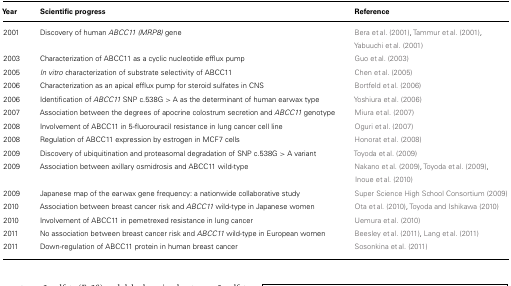
<table><thead><tr><td><b>Year</b></td><td><b>Scientific progress</b></td><td><b>Reference</b></td></tr></thead><tbody><tr><td>2001</td><td>Discovery of human <i>ABCC11 (MRP8)</i> gene</td><td>Bera et al. (2001), Tammur et al. (2001),Yabuuchi et al. (2001)</td></tr><tr><td>2003</td><td>Characterization of ABCC11 as a cyclic nucleotide efflux pump</td><td>Guo et al. (2003)</td></tr><tr><td>2005</td><td><i>In vitro</i> characterization of substrate selectivity of ABCC11</td><td>Chen et al. (2005)</td></tr><tr><td>2006</td><td>Characterization as an apical efflux pump for steroid sulfates in CNS</td><td>Bortfeld et al. (2006)</td></tr><tr><td>2006</td><td>Identification of <i>ABCC11 </i>SNP c.538G &gt; A as the determinant of human earwax type</td><td>Yoshiura et al. (2006)</td></tr><tr><td>2007</td><td>Association between the degrees of apocrine colostrum secretion and <i>ABCC11 </i>genotype</td><td>Miura et al. (2007)</td></tr><tr><td>2008</td><td>Involvement of ABCC11 in 5-fluorouracil resistance in lung cancer cell line</td><td>Oguri et al. (2007)</td></tr><tr><td>2008</td><td>Regulation of ABCC11 expression by estrogen in MCF7 cells</td><td>Honorat et al. (2008)</td></tr><tr><td>2009</td><td>Discovery of ubiquitination and proteasomal degradation of SNP c.538G &gt; A variant</td><td>Toyoda et al. (2009)</td></tr><tr><td>2009</td><td>Association between axillary osmidrosis and ABCC11 wild-type</td><td>Nakano et al. (2009), Toyoda et al. (2009),Inoue et al. (2010)</td></tr><tr><td>2009</td><td>Japanese map of the earwax gene frequency: a nationwide collaborative study</td><td>Super Science High School Consortium (2009)</td></tr><tr><td>2010</td><td>Association between breast cancer risk and <i>ABCC11 </i>wild-type in Japanese women</td><td>Ota et al. (2010), Toyoda and Ishikawa (2010)</td></tr><tr><td>2010</td><td>Involvement of ABCC11 in pemetrexed resistance in lung cancer</td><td>Uemura et al. (2010)</td></tr><tr><td>2011</td><td>No association between breast cancer risk and <i>ABCC11 </i>wild-type in European women</td><td>Beesley et al. (2011), Lang et al. (2011)</td></tr><tr><td>2011</td><td>Down-regulation of ABCC11 protein in human breast cancer</td><td>Sosonkina et al. (2011)</td></tr></tbody></table>